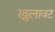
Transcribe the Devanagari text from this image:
खुलावट